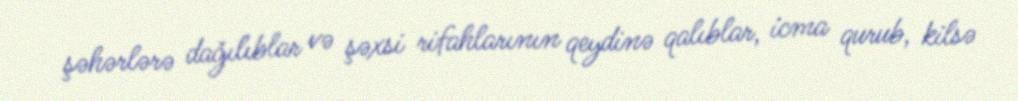
şəhərlərə dağılıblar və şəxsi rifahlarının qeydinə qalıblar, icma qurub, kilsə